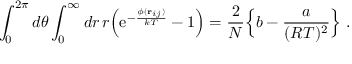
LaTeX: \int _ { 0 } ^ { 2 \pi } d \theta \int _ { 0 } ^ { \infty } d r \, r \Bigl ( \mathrm { e } ^ { - { \frac { \phi ( { \bf r } _ { i j } ) } { k T } } } - 1 \Bigr ) = { \frac { 2 } { N } } \Bigl \{ b - { \frac { a } { ( R T ) ^ { 2 } } } \Bigr \} \ .